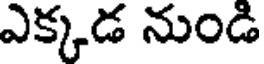
ఎక్కడ నుండి